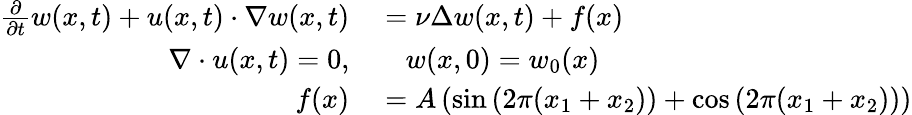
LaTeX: \begin{array}{rl}{\frac{\partial}{\partial t}w(x,t)+u(x,t)\cdot\nabla w(x,t)}&{{}=\nu\Delta w(x,t)+f(x)}\\ {\nabla\cdot u(x,t)=0,}&{{}\quad w(x,0)=w_{0}(x)}\\ {f(x)}&{{}=A\left(\sin\left(2\pi(x_{1}+x_{2})\right)+\cos\left(2\pi(x_{1}+x_{2})\right)\right)}\end{array}